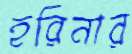
হরিনার